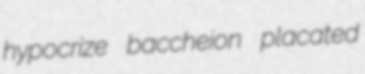
hypocrize baccheion placated